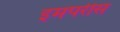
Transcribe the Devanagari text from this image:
इमपरीस